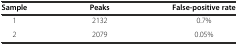
| Sample | Peaks | False-positive rate |
 | --- | --- | --- |
 | 1 | 2132 | 0.7% |
 | 2 | 2079 | 0.05% |